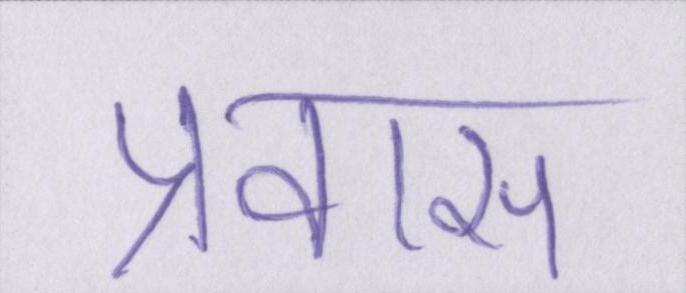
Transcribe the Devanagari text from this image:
प्रवास